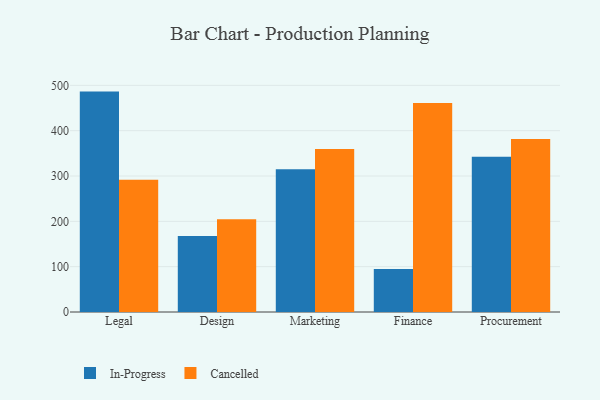
{"axis": {"x": "Department", "y": "Tickets Resolved"}, "legend": ["Cancelled", "In-Progress"], "data": [{"x": "Legal", "y": 486.2, "type": "In-Progress"}, {"x": "Legal", "y": 291.8, "type": "Cancelled"}, {"x": "Design", "y": 167.7, "type": "In-Progress"}, {"x": "Design", "y": 204.7, "type": "Cancelled"}, {"x": "Marketing", "y": 314.7, "type": "In-Progress"}, {"x": "Marketing", "y": 359.8, "type": "Cancelled"}, {"x": "Finance", "y": 94.7, "type": "In-Progress"}, {"x": "Finance", "y": 461.3, "type": "Cancelled"}, {"x": "Procurement", "y": 342.7, "type": "In-Progress"}, {"x": "Procurement", "y": 381.7, "type": "Cancelled"}]}